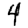
Digit: 4